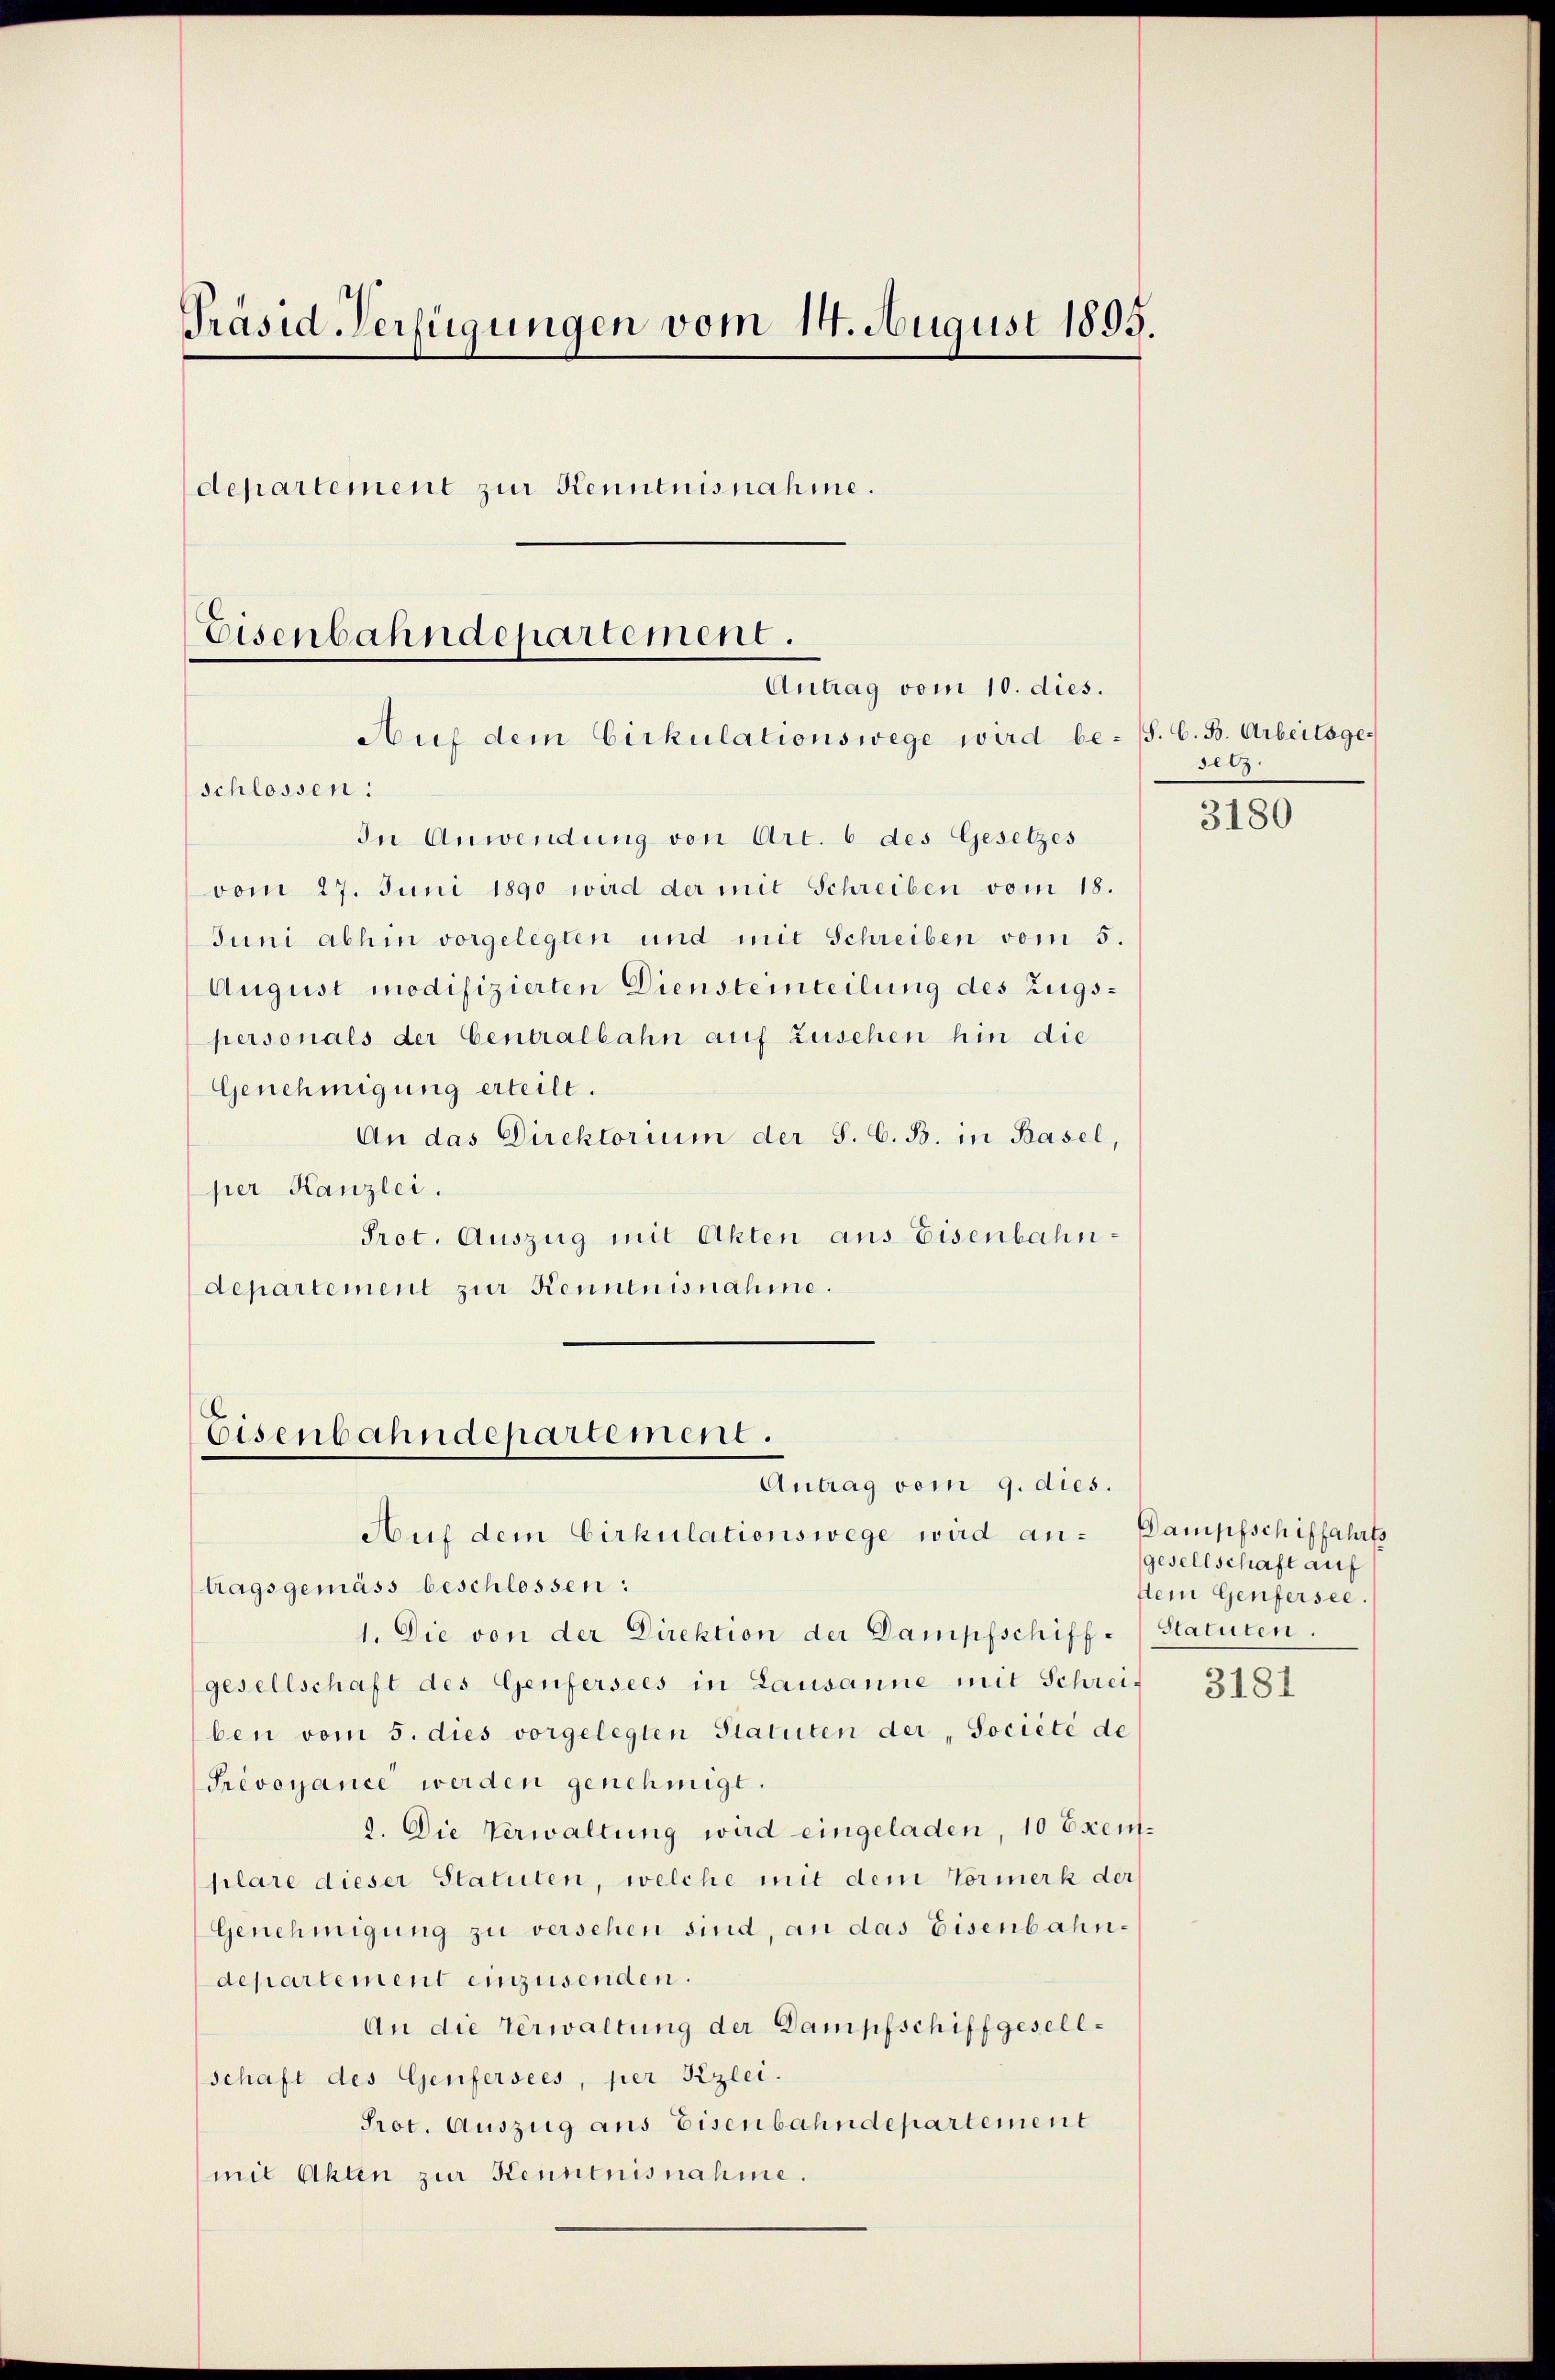
Präsid Verfügungen vom 14. August 1895.
departement zur Kenntnisnahme.
Eisenbahndepartement.
Antrag vom 10. dies.

Auf dem Cirkulationswege wird be- (S. G. B. Arbeitsge
In Anwendung von Art. 6 des Gesetzes
vom 27. Juni 1890 wird der mit Schreiben vom 18.
Juni abhin vorgelegten und mit Schreiben vom 5.
August modifizierten Diensteinteilung des Zugspersonals der Centralbahn auf Zusehen hin die
Genehmigung erteilt.
An das Direktorium der S. G. B. in Basel,
per Kanzlei.
Prot. Auszug mit Akten aus Eisenbahndepartement zur Kenntnisnahme.

schlossen:

Eisenbahndepartement.
Antrag vom 9. dies.

setz.

Auf dem Cirkulationswege wird an: Dampfschiffahrts
tagsgemäss beschlossen:
1. Die von der Direktion der Dampfschiff-Statuten.
gesellschaft des Genfersees in Lausanne mit Schrei-
ben vom 5. dies vorgelegten Statuten der "Société de
Prévonance werden genehmigt.
9. Die Verwaltung wird eingeladen, 10 Exemplare dieser Statuten, welche mit dem Vormerk der
Genehmigung zu versehen sind, an das Eisenbahndepartement einzusenden.
An die Verwaltung der Dampfschiffgesellschaft des Genfersees, per Kzlei.
Prot. Auszug aus Eisenbahndepartement
mit Akten zur Kenntnisnahme.

3180

gesellschaft auf
sein Genfersee.

3181